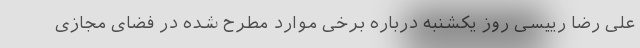
علی رضا رییسی روز یکشنبه درباره برخی موارد مطرح شده در فضای مجازی